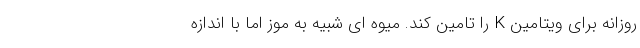
روزانه برای ویتامین K را تامین کند. میوه ای شبیه به موز اما با اندازه